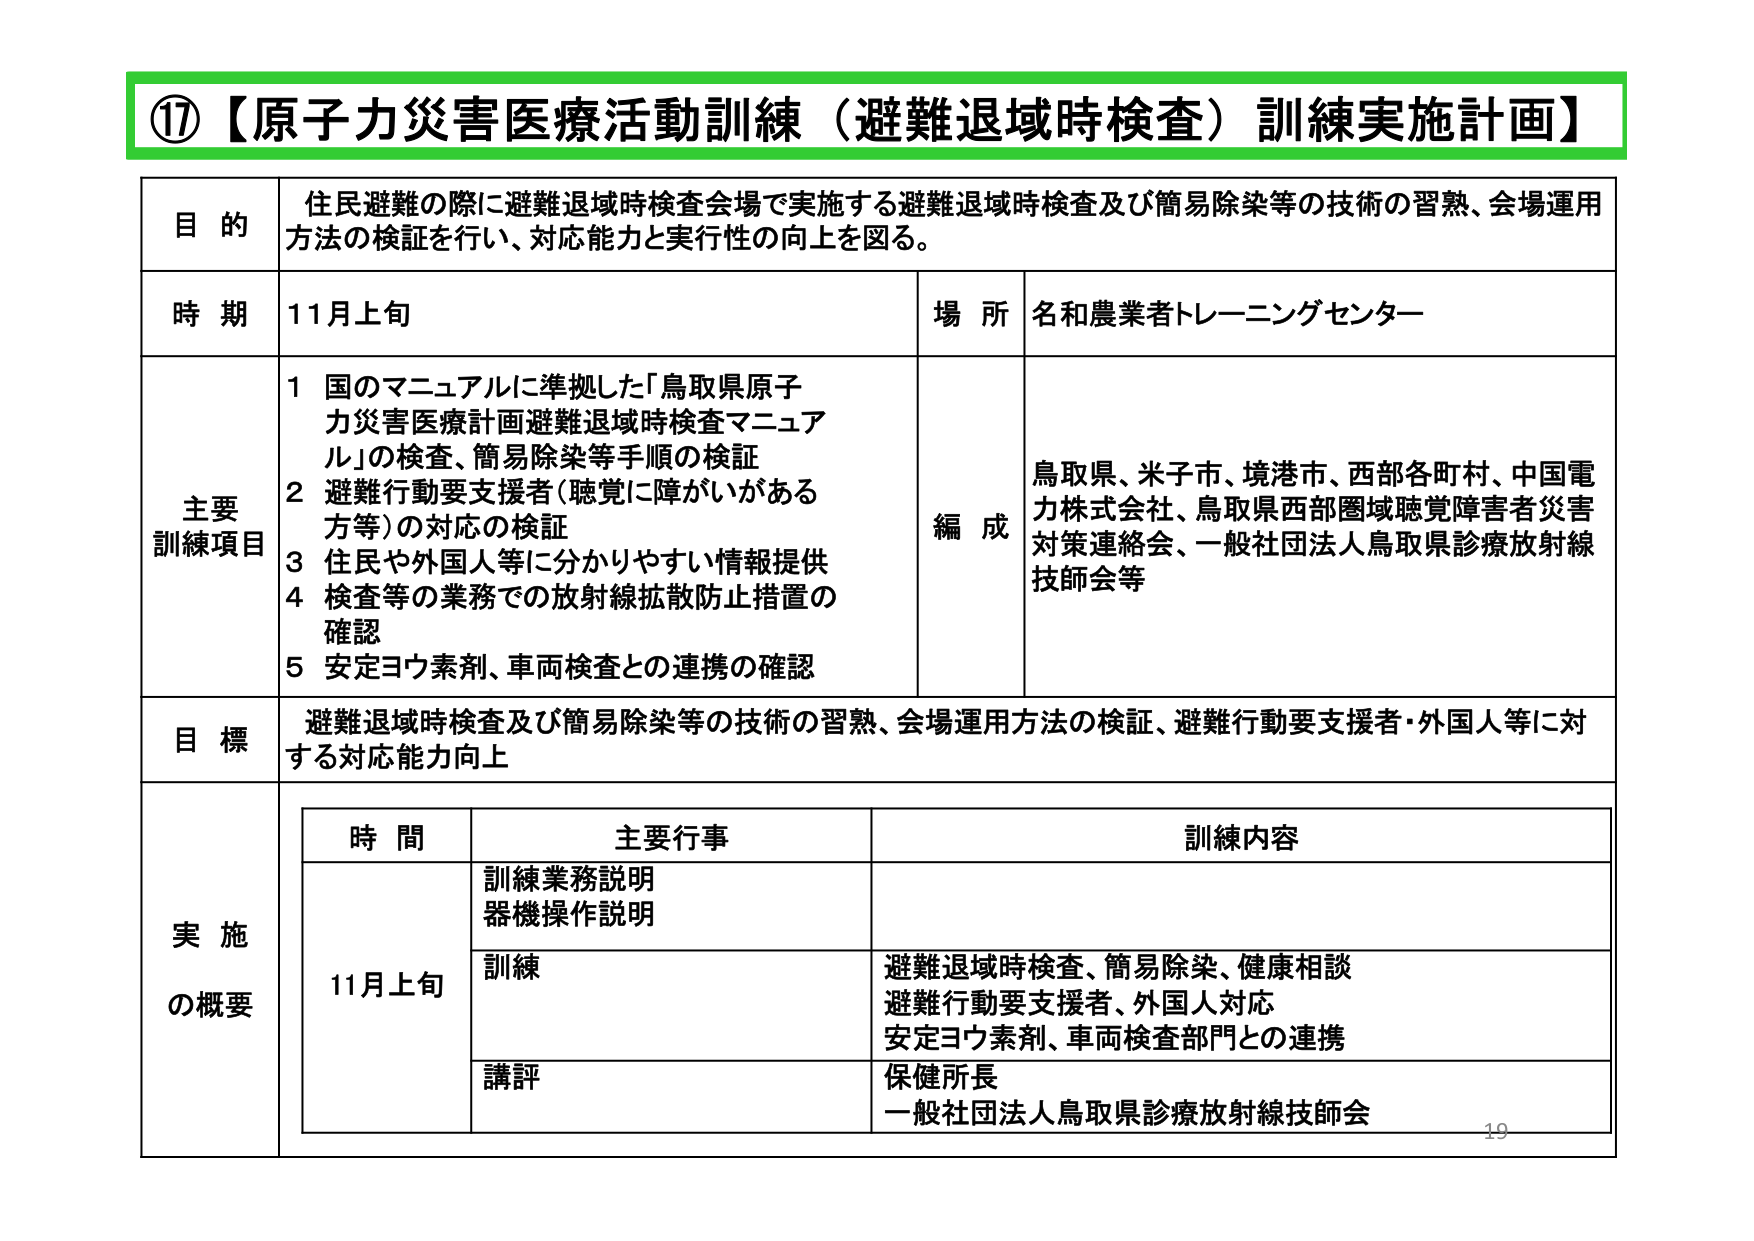
⑰【原子力災害医療活動訓練（避難退域時検査）訓練実施計画】

目的
住民避難の際に避難退域時検査会場で実施する避難退域時検査及び簡易除染等の技術の習熟、会場運用方法の検証を行い、対応能力と実行性の向上を図る。

時期
11月上旬

場所
名和農業者トレーニングセンター

主要訓練項目
1 国のマニュアルに準拠した「鳥取県原子力災害医療計画避難退域時検査マニュアル」の検査、簡易除染等手順の検証
2 避難行動要支援者（聴覚に障がいがある方等）の対応の検証
3 住民や外国人等に分かりやすい情報提供
4 検査等の業務での放射線拡散防止措置の確認
5 安定ヨウ素剤、車両検査との連携の確認

編成
鳥取県、米子市、境港市、西部各町村、中国電力株式会社、鳥取県西部圏域聴覚障害者災害対策連絡会、一般社団法人鳥取県診療放射線技師会等

目標
避難退域時検査及び簡易除染等の技術の習熟、会場運用方法の検証、避難行動要支援者・外国人等に対する対応能力向上

実施の概要
時間 主要行事 訓練内容
11月上旬 訓練業務説明 器機操作説明
訓練 避難退域時検査、簡易除染、健康相談 避難行動要支援者、外国人対応 安定ヨウ素剤、車両検査部門との連携
講評 保健所長 一般社団法人鳥取県診療放射線技師会

19